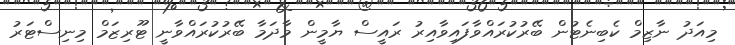
މިއަދު ނާޒިމް ކެބިނެޓުން ބޭރުކުރައްވާފައިވާއިރު ރައީސް ޔާމީން މާދަމާ ބޭރުކުރައްވާނީ ޓޫރިޒަމް މިނިސްޓަރު